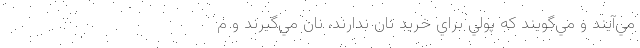
مي‌آيند و مي‌گويند كه پولي براي خريد نان ندارند، نان مي‌گيرند و م